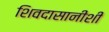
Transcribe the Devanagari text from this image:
शिवदासानीशी